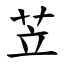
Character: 苙